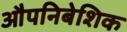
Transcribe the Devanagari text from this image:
औपनिबेशिक